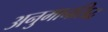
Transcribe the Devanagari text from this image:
अनुमानसिद्ध